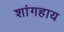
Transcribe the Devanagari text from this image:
शांगहाय